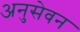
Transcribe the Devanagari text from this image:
अनुसेवन